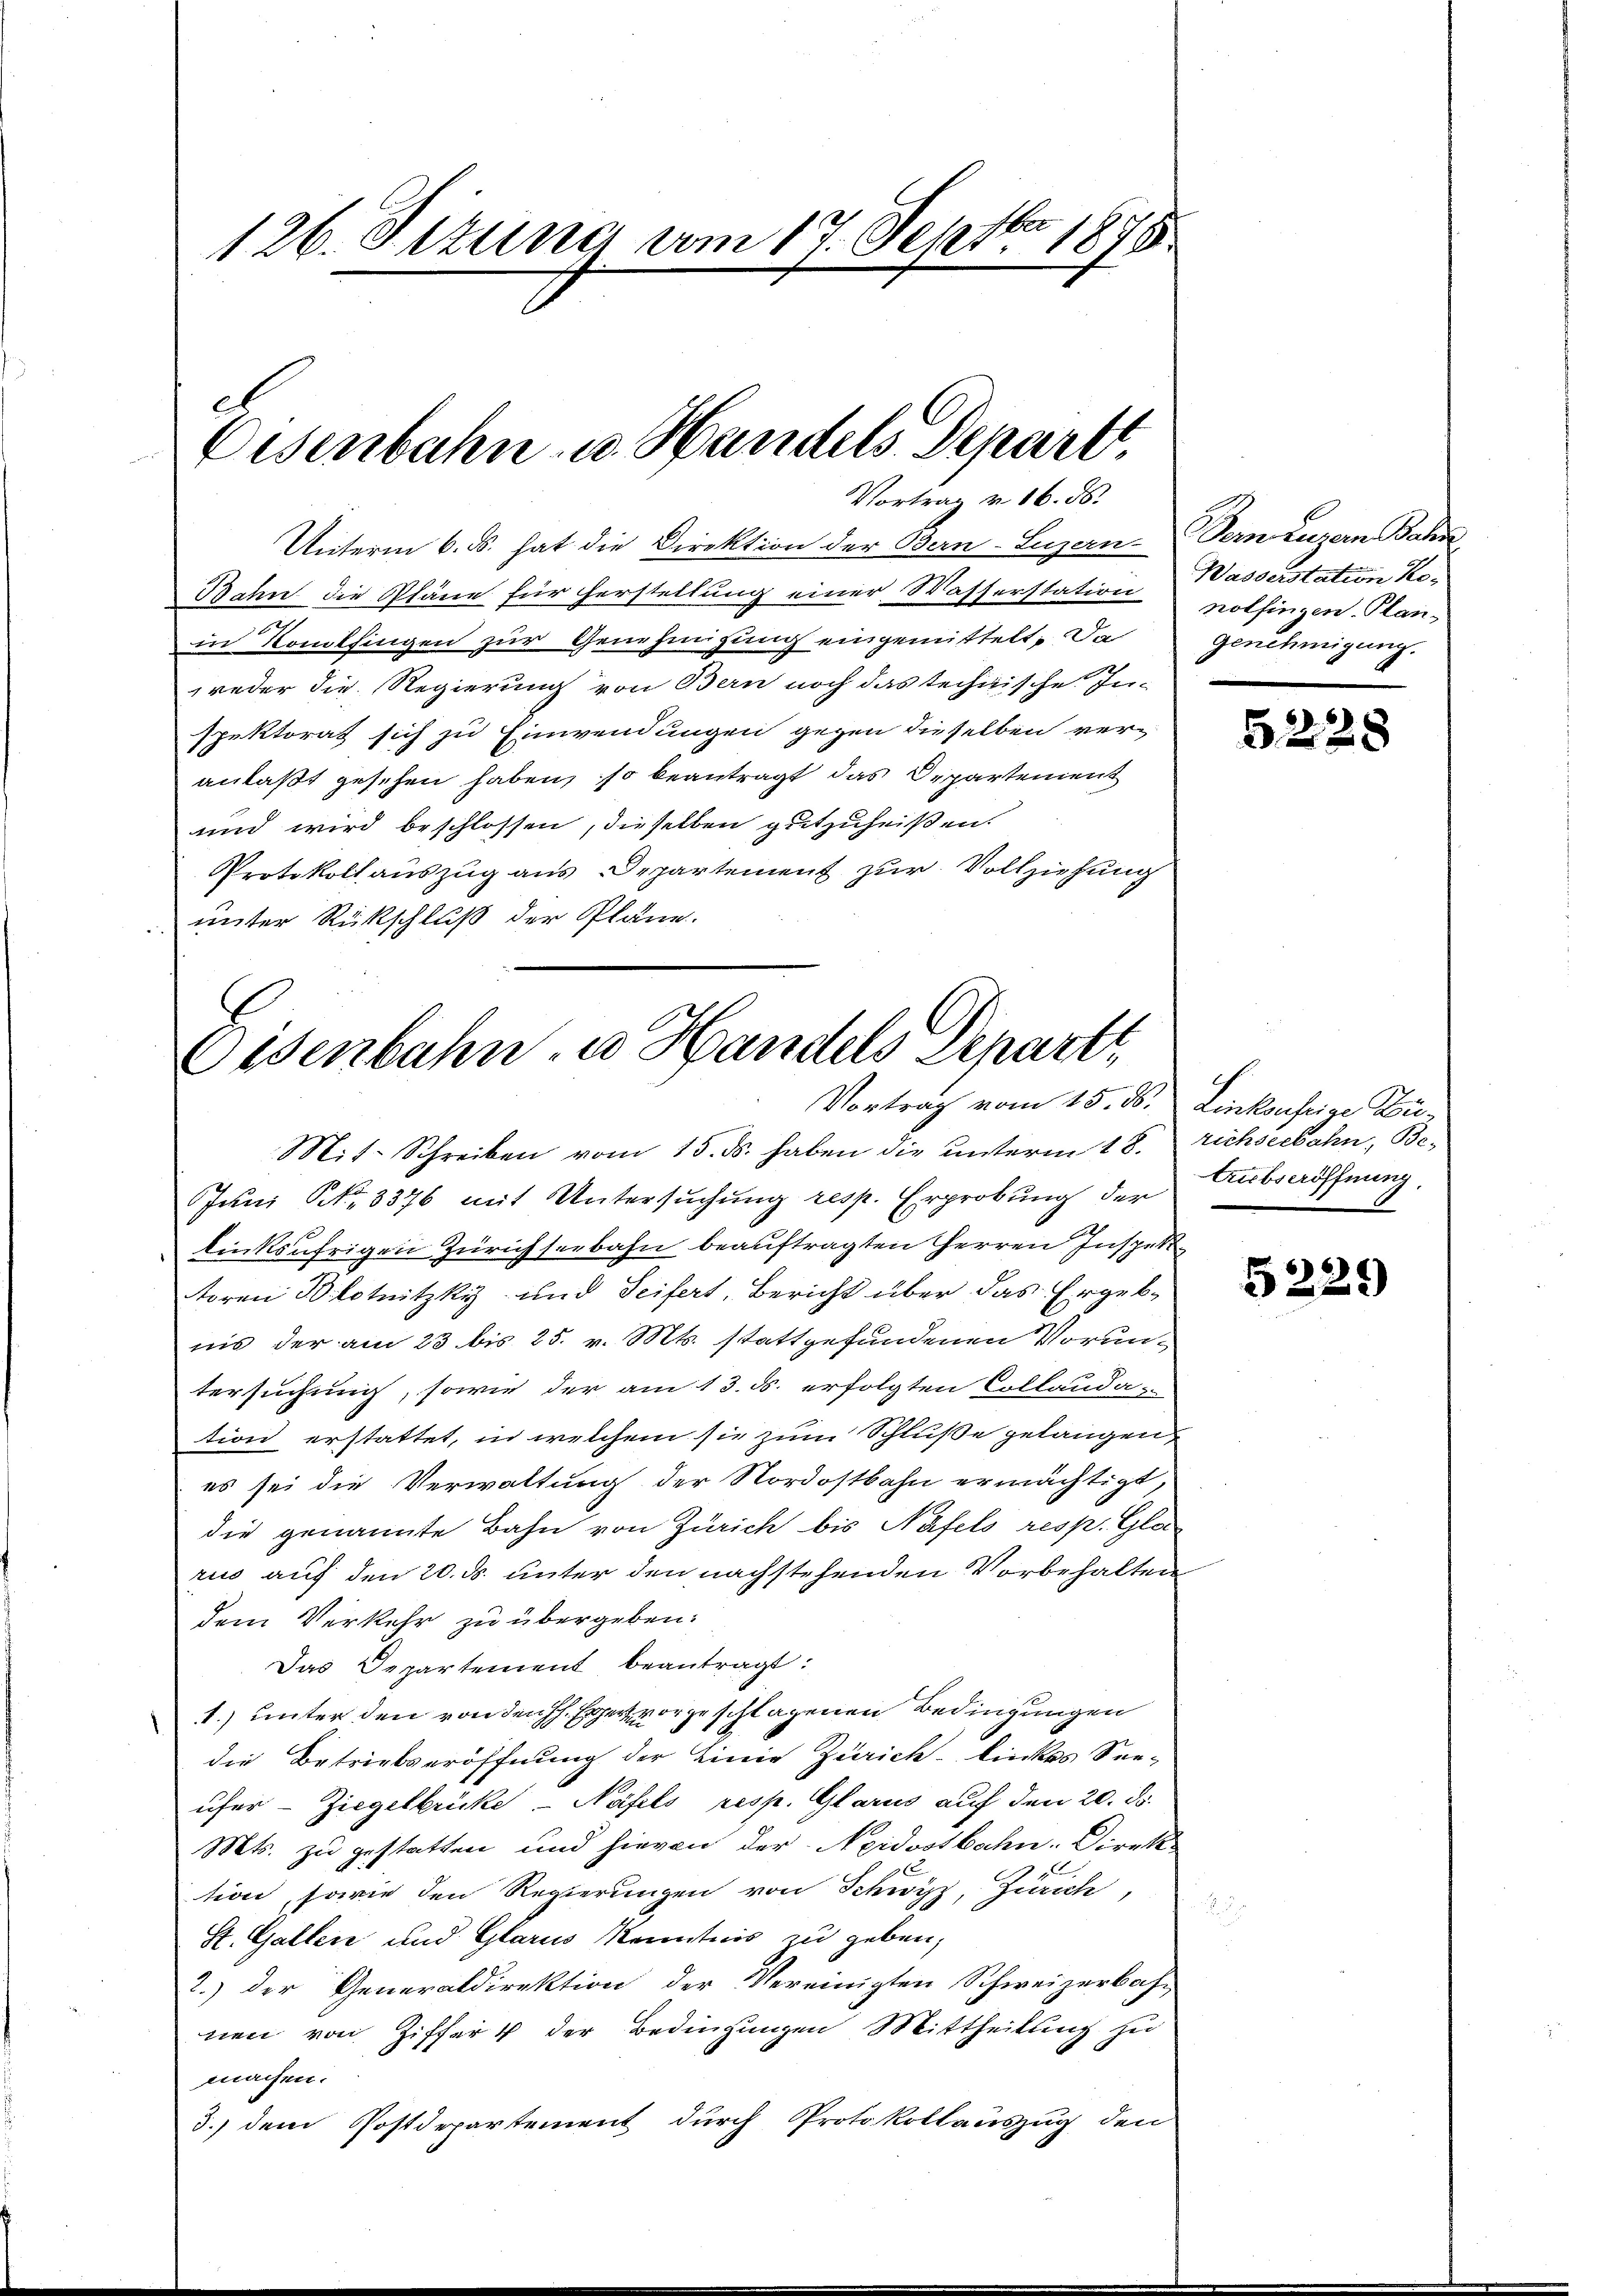
126. Dezung am 17. Septbr. 1878

Eisenbahn u. Handels. Separt,
Vortrag v. 16. ds.

Unterm 6. d. hat die Direktion der Bern-Luzern. Sein Luzern Bahn,
Bahn die Pläne für herstellung einer Wasserstation nothingen Plan-
in Komplfingen zur Genehmigung eingemittelt; Da
weder die Regierung von Bern noch das technische In-
spektorat sich zu Einwendungen gegen dieselben veranlaßt gesehen haben, so beantragt das Departement
und wird beschlossen, dieselben gutzuheißen.
Protokoll auszug aus Departement zur Vollziehung
unter Rückschluß der Pläne.

Mit. Schreiben vom 15. ds. haben die unterm 18. richseebahn, Be-
Juni No 3376 mit Untersuchung resp. Erprobung der
linksufrigen Zürichseebahn beauftragten Herren Inspek
toren Blotnitzky und Seifert, Bericht über das Ergebnis der am 23 bis 25. v. Mts. stattgefundenen Voruntersuchung, sowie der am 13. ds. erfolgten Collauda-
tion erstattet, in welchem sie zum Schluße gelangen,
es sei die Verwaltung der Nordostbahn ermächtigt,
die genannte Bahn von Zürich bis Näfels resp. Glarus auf den 20. ds. unter den nachstehenden Vorbehalten
dem Verkehr zu übergeben:
Das Departement beantragt:
1.) unter den von den Hch. Egger vorgeschlagenen Bedingungen
die Betrietveröffnung der Linie Zürich linkes See-
ufer Ziegelbrücke - Näfels resp. Glarus auf den 20. d.
Mts. zu gestatten und hievon der Neidostbahn. Direk-
C
tion, sowie den Regierungen von Schwyz, Zürich,
St. Gallen und Glarus Kenntnis zu geben,
2.) Der Generaldirektion der Vereinigten Schweizerbach-
nen von Ziffer der Bedingungen Mittheilung zu
machen.
3.) dem Postdepartement durch Protokollauszug den

Eisenbahn, es Handels Departi,
Vortrag vom 15. ds. Linkönftige Zu¬

Wasserstation Kogenehmigung.

5228

trubseröffnung.

5229